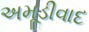
અમૂડીવાદ